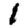
Digit: 1